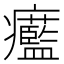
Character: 𤼓